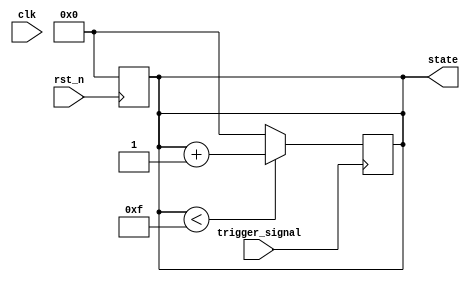
module negative_edge_trigger (
    input wire clk,              // Clock signal
    input wire rst_n,            // Active-low reset signal
    input wire trigger_signal,    // Signal that triggers the block on negative edge
    output reg [3:0] state       // Internal state variable
);

// Initialize state on reset
always @(negedge rst_n) begin
    state <= 4'b0000; // Initialize state to 0 on reset
end

// Negative edge triggered block
always @(negedge trigger_signal) begin
    // Example logic to update the state based on some conditions
    if (state < 4'b1111) begin
        state <= state + 1'b1; // Increment state on negative edge of trigger_signal
    end else begin
        state <= 4'b0000; // Wrap around if the state is maximum
    end
end

endmodule